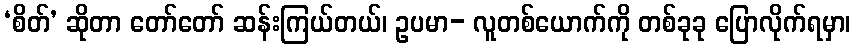
‘စိတ်’ ဆိုတာ တော်တော် ဆန်းကြယ်တယ်၊ ဥပမာ- လူတစ်ယောက်ကို တစ်ခုခု ပြောလိုက်ရမှာ၊